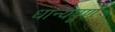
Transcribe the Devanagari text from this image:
धान्यपूर्ण